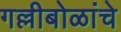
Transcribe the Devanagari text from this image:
गल्लीबोळांचे